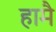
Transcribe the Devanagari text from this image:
हामै